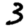
Digit: 3